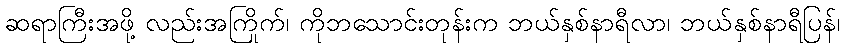
ဆရာကြီးအဖို့ လည်းအကြိုက်၊ ကိုဘသောင်းတုန်းက ဘယ်နှစ်နာရီလာ၊ ဘယ်နှစ်နာရီပြန်၊